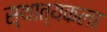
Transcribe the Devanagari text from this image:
स्थात्यकला